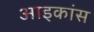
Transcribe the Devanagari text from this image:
आइकांस